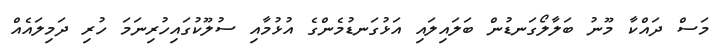
މަސް ދައްކާ މޫނު ބަލާލޯގަނޑުން ބަލައިލައި އަޅުގަނޑުމެންގެ އުޅުމާއި ސުލޫކުގައިހުރިނަމަ ހުރި ދަމިލައެއް